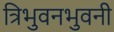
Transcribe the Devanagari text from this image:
त्रिभुवनभुवनी